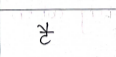
मजकूर: टै